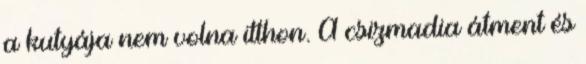
a kutyája nem volna itthon. A csizmadia átment és